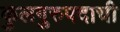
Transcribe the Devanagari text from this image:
कुलगुरुपदाची